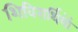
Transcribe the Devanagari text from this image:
शिविरार्थियों